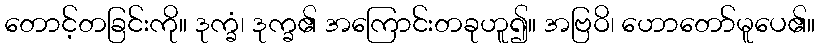
တောင့်တခြင်းကို။ ဒုက္ခံ၊ ဒုက္ခ၏ အကြောင်းတခုဟူ၍။ အဗြဝိ၊ ဟောတော်မူပေ၏။